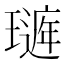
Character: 𤩻